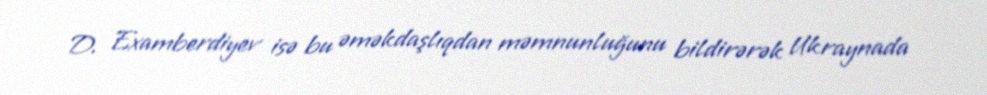
D. Examberdiyev isə bu əməkdaşlıqdan məmnunluğunu bildirərək Ukraynada